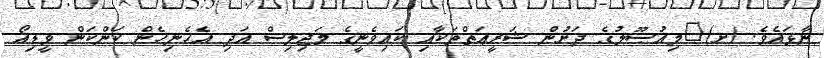
ނާޅައެވެ. (ށ)	މިއުޞޫލުގެ ދަށުން ޝަރީޢަތްތަކާއި ކައިވެނީގެ މަޖިލިސް އަދި އެހެނިހެން ކަންކަން ވީޑިއޯ